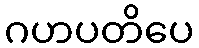
ဂဟပတိပေ